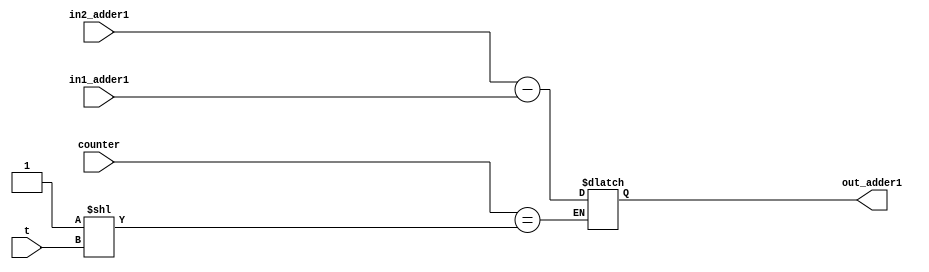
module adder_1(in1_adder1,in2_adder1,out_adder1,counter,t);

parameter n=8;
//input clk;
input[n-1:0] in1_adder1,in2_adder1;
input [n-1:0] counter,t;
output reg [n-1:0] out_adder1;  

always@*
begin
	if(counter==(1<<t))
	out_adder1=in2_adder1-in1_adder1;
end

endmodule